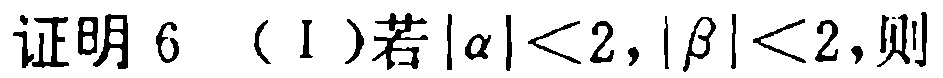
证明6 （I ）若\(\vert\alpha\vert<2,\vert\beta\vert<2\)，则